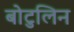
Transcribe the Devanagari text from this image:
बोटुलिन